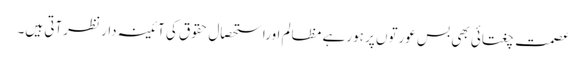
عصمت چغتائی بھی بس عورتوں پر ہورہے مظالم اوراستحصالِ حقوق کی آئینہ دار نظرآتی ہیں۔